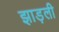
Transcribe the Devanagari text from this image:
झाड़ली